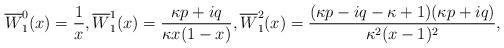
LaTeX: \begin{align*}\overline{W}_{1}^{0}(x)=\frac{1}{x},\overline{W}_{1}^{1}(x)=\frac{\kappa p+iq}{\kappa x(1-x)},\overline{W}_{1}^{2}(x)=\frac{(\kappa p-iq-\kappa+1)(\kappa p+iq)}{\kappa^2(x-1)^2},\end{align*}